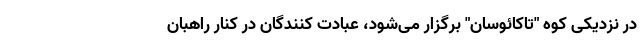
در نزدیکی کوه "تاکائوسان" برگزار می‌شود، عبادت‌ کنندگان در کنار راهبان